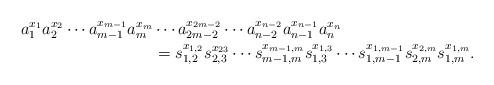
LaTeX: \begin{align*}a_1^{x_1} a_2^{x_2} \cdots a_{m-1}^{x_{m-1}} a_m^{x_m} &\cdots a_{2m-2}^{x_{2m-2}} \cdots a_{n-2}^{x_{n-2}} a_{n-1}^{x_{n-1}} a_n^{x_n} \\&= s_{1,2}^{x_{1,2}} s_{2,3}^{x_{23}} \cdots s_{m-1,m}^{x_{m-1,m}} s_{1,3}^{x_{1,3}} \cdots s_{1,m-1}^{x_{1,m-1}} s_{2,m}^{x_{2,m}} s_{1,m}^{x_{1,m}}.\end{align*}